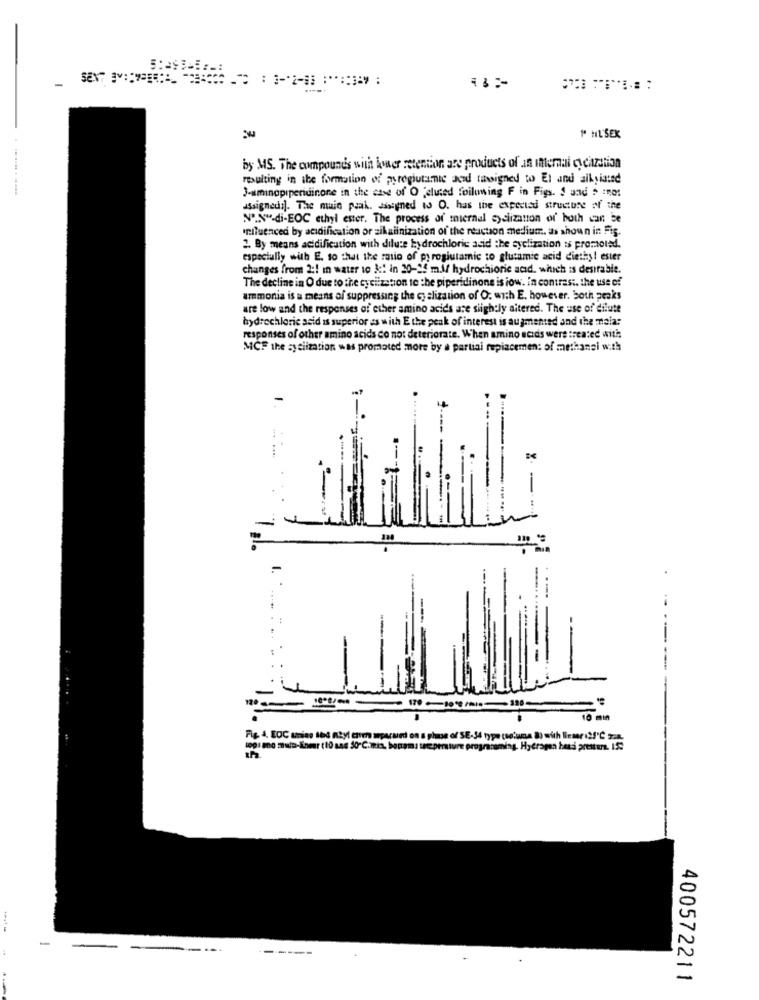
=
1º HL SEK
by MS. The compounds with lower retention are products of an internal cydization
resulting in ibe formation of pyroglutamic acid tibsigned to El and aiksiatsd
J-aminopiperidinone in the case of O eluted folowing F in Figs. I und . not
assignedi). The main peak. dasigned to O. has the expected structure of the
Nº.N"-di-EOC ethyl ester. The process of tiernal syciization of' both can be
'niluenced by acidification or zikaiinization of the reaction medium, as shown in Fis.
2. By means acidification with dilute hydrochloric acid the cyclization is promoted.
especially with E. so that the ratio of pyroglutamic to glutamic acid diethyl ester
changes from 2 :! in water to k :! in 20-25 m./ hydrochioric acid, which is desirable.
The decline in O due to the cyciization to the piperidinone is iow. in contrast. the use of
ammonia is a means al suppressing the Goalization of O. with E. however. both peaks
are low and the responses of ether amino acids are slightly aitered. The use of dilute
hydrochloric said is superior as with E the peak of interest is augmented and the malar
responses of other amino acids do not deteriorate. When amino acids were treated with
MCF the syslization was promoted more by a partial repiacemen: of methanei with
--
------
170
10 min
Fig. 4. EOC amias ted nbyl enm apacard on a phase of SE-34 type (so:una 8) with Firmar 12!'℃ z:4.
1001 mo mi-Enmer (10 sas 50-C.mis, borama temperature progracoming. Hydrogen besdi pretture. 1.5℃
---
---
400572211